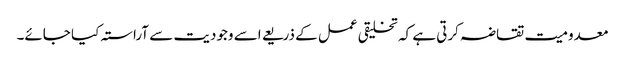
معدومیت تقاضہ کرتی ہے کہ تخلیقی عمل کے ذریعے اسے وجودیت سے آراستہ کیا جائے۔